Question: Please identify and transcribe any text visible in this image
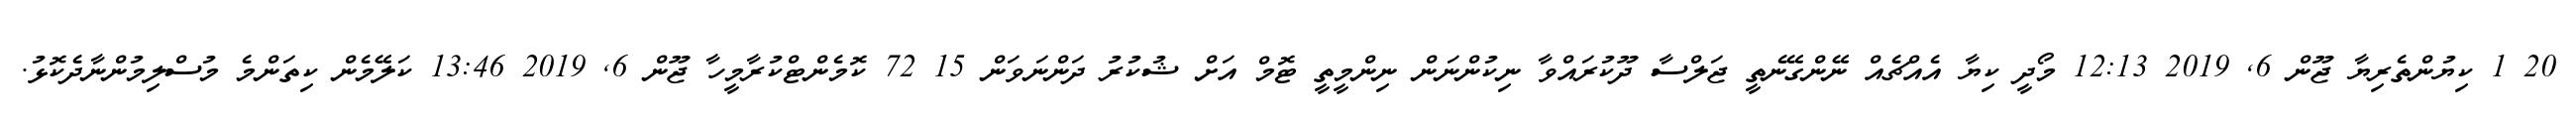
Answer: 20 1 ކިޔުންތެރިޔާ ޖޫން 6, 2019 12:13 މޯދީ ކިޔާ އެއްޗެއް ނޭންގޭނެތީ ޖަލްސާ ދޫކުރައްވާ ނިކުންނަން ނިންމީތީ ޓޮމް އަށް ޝުކުރު ދަންނަވަން 15 72 ކޮމެންޓްކުރާމީހާ ޖޫން 6, 2019 13:46 ކަލޭމެން ކިތަންމެ މުސްލިމުންނާދެކޮޅު.